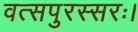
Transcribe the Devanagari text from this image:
वत्सपुरस्सरः।